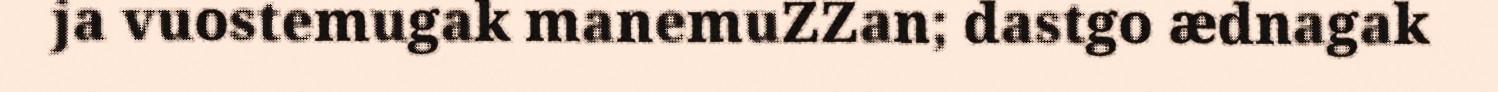
ja vuostemugak manemuZZan; dastgo ædnagak